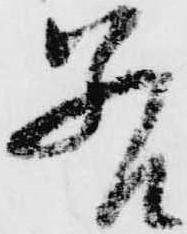
若